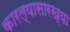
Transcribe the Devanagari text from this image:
कारल्यासारख्या